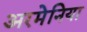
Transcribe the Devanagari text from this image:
अरमेनिया